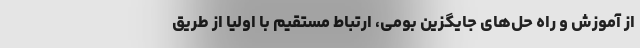
از آموزش و راه حل‌های جایگزین بومی، ارتباط مستقیم با اولیا از طریق